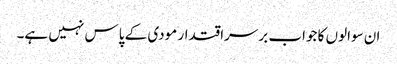
ان سوالوں کا جواب برسراقتدار مودی کے پاس نہیں ہے۔